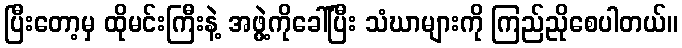
ပြီးတော့မှ ထိုမင်းကြီးနဲ့ အဖွဲ့ကိုခေါ်ပြီး သံဃာများကို ကြည်ညိုစေပါတယ်။